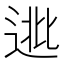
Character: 𨓖